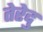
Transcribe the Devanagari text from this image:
तेरेदु